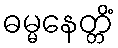
ဓမ္မနေတ္တိံ